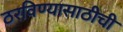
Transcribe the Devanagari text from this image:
ठरविण्यासाठीची